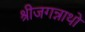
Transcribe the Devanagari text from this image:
श्रीजगन्नाथो